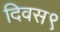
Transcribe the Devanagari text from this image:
दिवस९